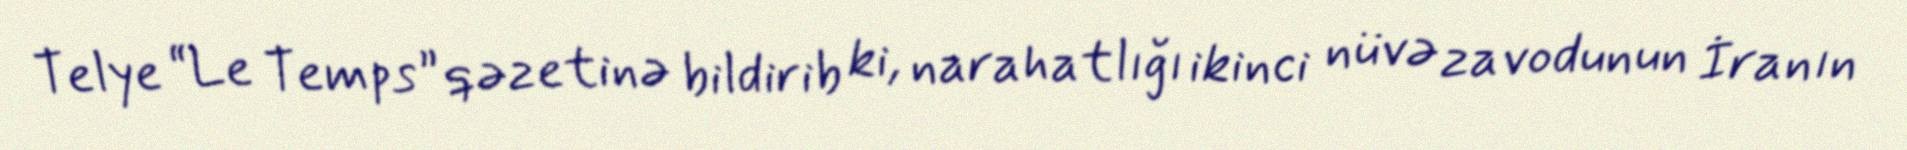
Telye “Le Temps” qəzetinə bildirib ki, narahatlığı ikinci nüvə zavodunun İranın